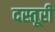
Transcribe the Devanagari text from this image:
दस्तूरी